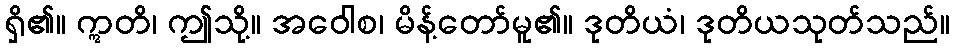
ရှိ၏။ ဣတိ၊ ဤသို့။ အဝေါစ၊ မိန့်တော်မူ၏။ ဒုတိယံ၊ ဒုတိယသုတ်သည်။